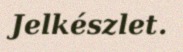
Jelkészlet.